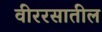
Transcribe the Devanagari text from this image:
वीररसातील